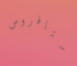
ستافروس